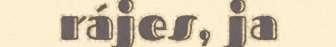
rájes, ja